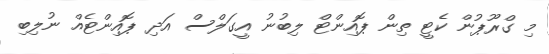
މި ގްރޫޕުން ކެޓީ ތިން ޕޮއިންޓް ލިބުނު އީގަލްސް އަދި ޕޮއިންޓެއް ނުލިބި